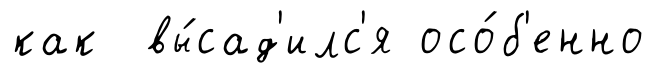
как вы́сад'илс'я осо́б'енно